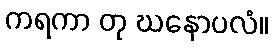
ကရကာ တု ဃနောပလံ။